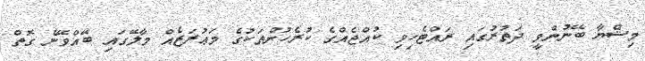
މިޝްޔާ ބޭނުންވީ ދަތުރުގައި ރައްޓެހިވި ކުއްޖެއްގެ ކުރެހުންތަކުގެ މަޢުރަޒެއް މާލޭގައި ބޭއްވޭނެ ގޮތް